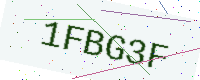
Text: 1FBG3F